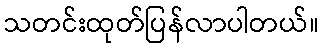
သတင်းထုတ်ပြန်လာပါတယ်။